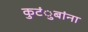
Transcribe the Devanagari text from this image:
कुटंुबांना